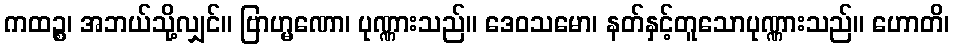
ကထဉ္စ၊ အဘယ်သို့လျှင်။ ဗြာဟ္မဏော၊ ပုဏ္ဏားသည်။ ဒေဝသမော၊ နတ်နှင့်တူသောပုဏ္ဏားသည်။ ဟောတိ၊